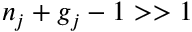
n _ { j } + g _ { j } - 1 > > 1